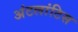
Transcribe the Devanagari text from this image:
अंटलांटिस